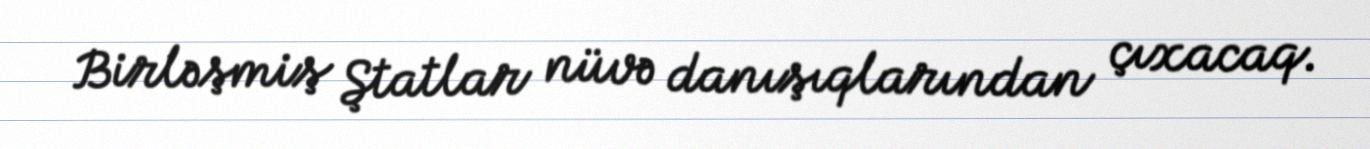
Birləşmiş Ştatlar nüvə danışıqlarından çıxacaq.